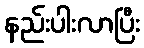
နည်းပါးလာပြီး